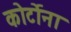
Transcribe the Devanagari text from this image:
कोर्टोना